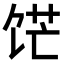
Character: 𬲹